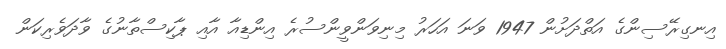
އިނގިރޭސިންގެ އަތްދަށުން 1947 ވަނަ އަހަރު މިނިވަންވީންސުރެ އިންޑިއާ އާއި ޕާކިސްތާނުގެ ވާދަވެރިކަން